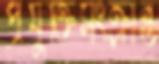
প্রযুক্তিসংক্রান্ত